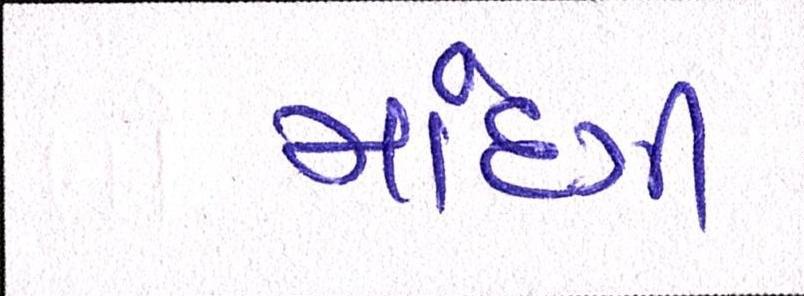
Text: માંદગી